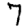
Digit: 7